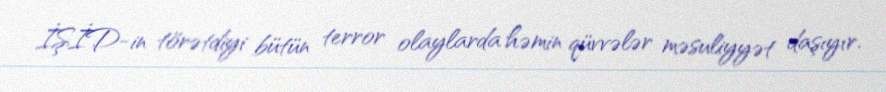
İŞİD-in törətdiyi bütün terror olaylarda həmin qüvvələr məsuliyyət daşıyır.